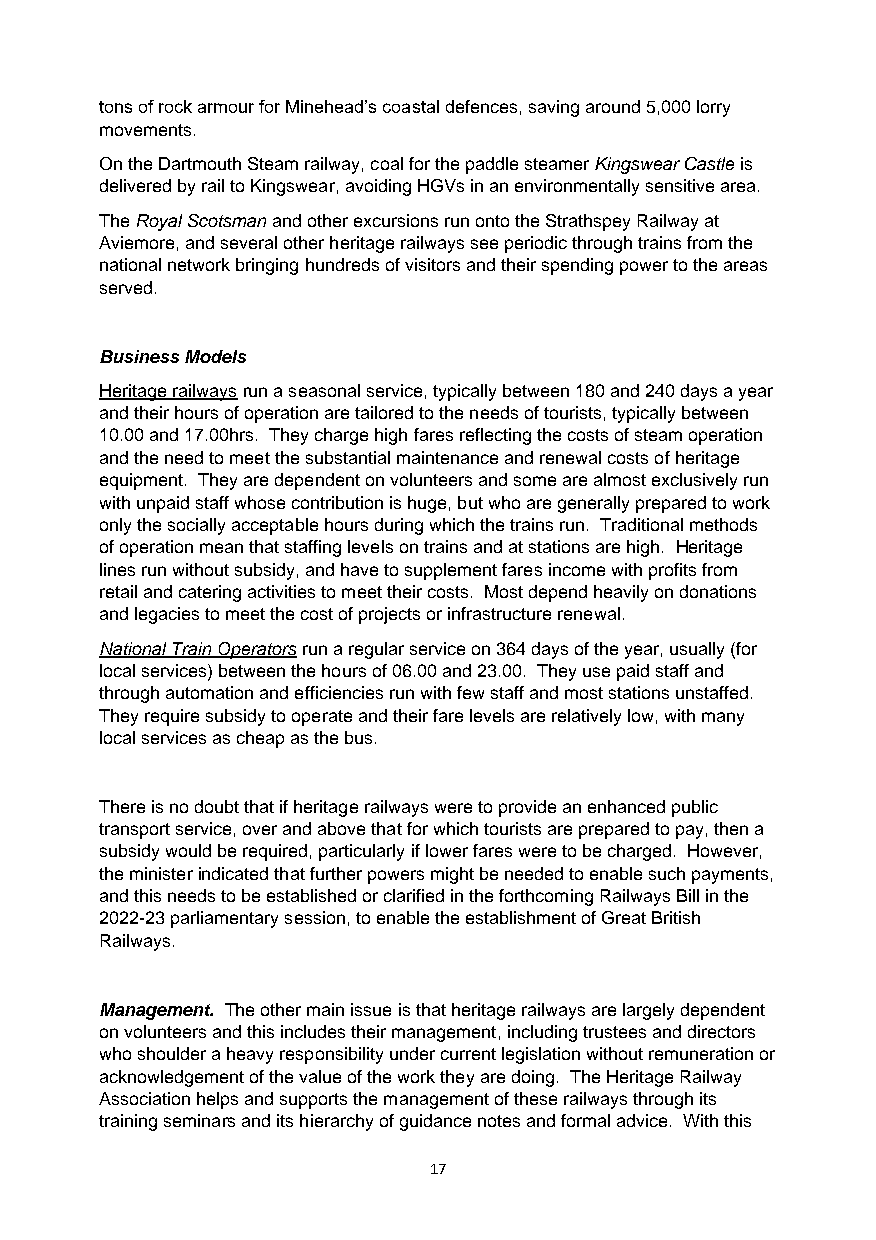
tons of rock armour for Minehead’s coastal defences, saving around 5,000 lorry
 movements.
 On the Dartmouth Steam railway, coal for the paddle steamer Kingswear Castle is
 delivered by rail to Kingswear, avoiding HGVs in an environmentally sensitive area.
 The Royal Scotsman and other excursions run onto the Strathspey Railway at
 Aviemore, and several other heritage railways see periodic through trains from the
 national network bringing hundreds of visitors and their spending power to the areas
 served.
 Business Models
 Heritage railways run a seasonal service, typically between 180 and 240 days a year
 and their hours of operation are tailored to the needs of tourists, typically between
 10.00 and 17.00hrs. They charge high fares reflecting the costs of steam operation
 and the need to meet the substantial maintenance and renewal costs of heritage
 equipment. They are dependent on volunteers and some are almost exclusively run
 with unpaid staff whose contribution is huge, but who are generally prepared to work
 only the socially acceptable hours during which the trains run. Traditional methods
 of operation mean that staffing levels on trains and at stations are high. Heritage
 lines run without subsidy, and have to supplement fares income with profits from
 retail and catering activities to meet their costs. Most depend heavily on donations
 and legacies to meet the cost of projects or infrastructure renewal.
 National Train Operators run a regular service on 364 days of the year, usually (for
 local services) between the hours of 06.00 and 23.00. They use paid staff and
 through automation and efficiencies run with few staff and most stations unstaffed.
 They require subsidy to operate and their fare levels are relatively low, with many
 local services as cheap as the bus.
 There is no doubt that if heritage railways were to provide an enhanced public
 transport service, over and above that for which tourists are prepared to pay, then a
 subsidy would be required, particularly if lower fares were to be charged. However,
 the minister indicated that further powers might be needed to enable such payments,
 and this needs to be established or clarified in the forthcoming Railways Bill in the
 2022-23 parliamentary session, to enable the establishment of Great British
 Railways.
 Management. The other main issue is that heritage railways are largely dependent
 on volunteers and this includes their management, including trustees and directors
 who shoulder a heavy responsibility under current legislation without remuneration or
 acknowledgement of the value of the work they are doing. The Heritage Railway
 Association helps and supports the management of these railways through its
 training seminars and its hierarchy of guidance notes and formal advice. With this
 17